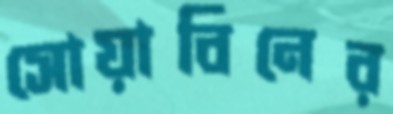
সোয়াবিনের